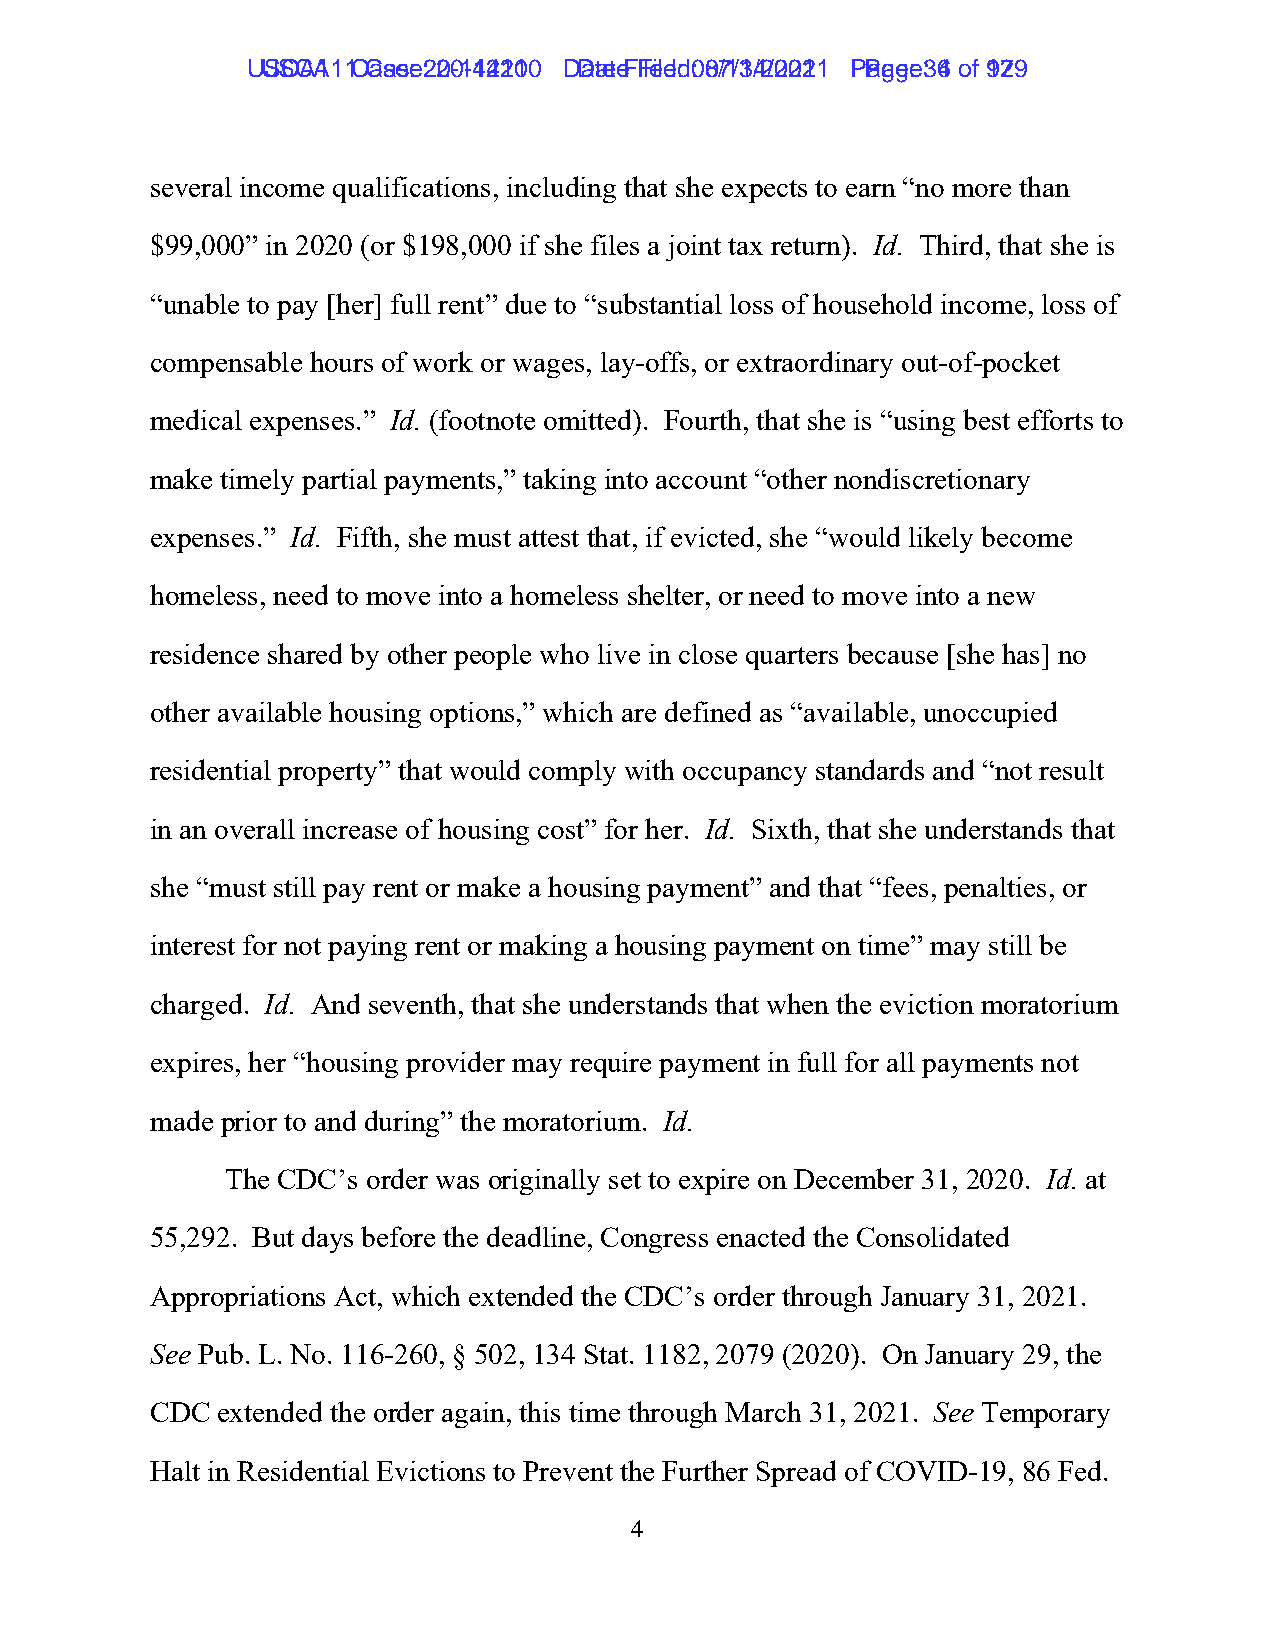
UUSSCCAA111 1C Casaes:e 2: 02-01-41241201 0 D Dataet eF Fileilde:d 0: 80/71/31/42/022012 1 P Pagaeg:e 3: 64 ooff 19279
 several income qualifications, including that she expects to earn “no more than
 $99,000” in 2020 (or $198,000 if she files a joint tax return). Id. Third, that she is
 “unable to pay [her] full rent” due to “substantial loss of household income, loss of
 compensable hours of work or wages, lay-offs, or extraordinary out-of-pocket
 medical expenses.” Id. (footnote omitted). Fourth, that she is “using best efforts to
 make timely partial payments,” taking into account “other nondiscretionary
 expenses.” Id. Fifth, she must attest that, if evicted, she “would likely become
 homeless, need to move into a homeless shelter, or need to move into a new
 residence shared by other people who live in close quarters because [she has] no
 other available housing options,” which are defined as “available, unoccupied
 residential property” that would comply with occupancy standards and “not result
 in an overall increase of housing cost” for her. Id. Sixth, that she understands that
 she “must still pay rent or make a housing payment” and that “fees, penalties, or
 interest for not paying rent or making a housing payment on time” may still be
 charged. Id. And seventh, that she understands that when the eviction moratorium
 expires, her “housing provider may require payment in full for all payments not
 made prior to and during” the moratorium. Id.
 The CDC’s order was originally set to expire on December 31, 2020. Id. at
 55,292. But days before the deadline, Congress enacted the Consolidated
 Appropriations Act, which extended the CDC’s order through January 31, 2021.
 See Pub. L. No. 116-260, § 502, 134 Stat. 1182, 2079 (2020). On January 29, the
 CDC extended the order again, this time through March 31, 2021. See Temporary
 Halt in Residential Evictions to Prevent the Further Spread of COVID-19, 86 Fed.
 4